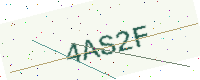
Text: 4AS2F